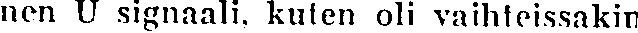
nen U signaali, kuten oli vaihteissakin